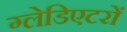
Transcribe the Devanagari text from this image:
ग्लेडिएटरों